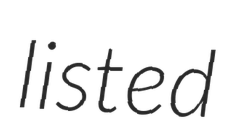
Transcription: listed